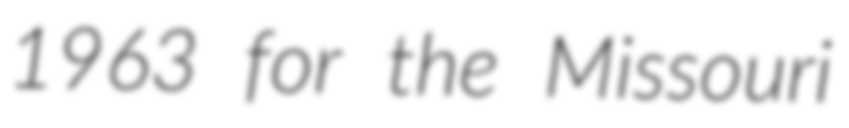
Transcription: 1963 for the Missouri